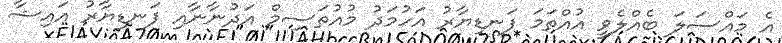
އެ މައްސަލަ ބެއްލެވީ އުއްތަމަ ފަނޑިޔާރު އަހުމަދު މުއުތަސިމް އަދުނާނާއި ފަނޑިޔާރު އައިޝާ